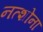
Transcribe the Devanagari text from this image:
नत्शोना